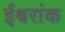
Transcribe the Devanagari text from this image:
ईश्वरांक